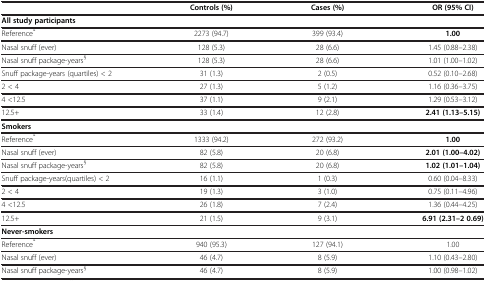
<table><thead><tr><td><b> </b></td><td><b>Controls (%)</b></td><td><b>Cases (%)</b></td><td><b>OR (95% CI)</b></td></tr></thead><tbody><tr><td><b>All study participants</b></td><td> </td><td> </td><td> </td></tr><tr><td>Reference<sup>*</sup></td><td>2273 (94.7)</td><td>399 (93.4)</td><td><b>1.00</b></td></tr><tr><td>Nasal snuff (ever)</td><td>128 (5.3)</td><td>28 (6.6)</td><td>1.45 (0.88–2.38)</td></tr><tr><td>Nasal snuff package-years<sup>§</sup></td><td>128 (5.3)</td><td>28 (6.6)</td><td>1.01 (1.00–1.02)</td></tr><tr><td>Snuff package-years (quartiles) &lt; 2</td><td>31 (1.3)</td><td>2 (0.5)</td><td>0.52 (0.10–2.68)</td></tr><tr><td>2 &lt; 4</td><td>27 (1.3)</td><td>5 (1.2)</td><td>1.16 (0.36–3.75)</td></tr><tr><td>4 &lt;12.5</td><td>37 (1.1)</td><td>9 (2.1)</td><td>1.29 (0.53–3.12)</td></tr><tr><td>12.5+</td><td>33 (1.4)</td><td>12 (2.8)</td><td><b>2.41 (1.13–5.15)</b></td></tr><tr><td><b>Smokers</b></td><td> </td><td> </td><td> </td></tr><tr><td>Reference<sup>*</sup></td><td>1333 (94.2)</td><td>272 (93.2)</td><td><b>1.00</b></td></tr><tr><td>Nasal snuff (ever)</td><td>82 (5.8)</td><td>20 (6.8)</td><td><b>2.01 (1.00–4.02)</b></td></tr><tr><td>Nasal snuff package-years<sup>§</sup></td><td>82 (5.8)</td><td>20 (6.8)</td><td><b>1.02 (1.01–1.04)</b></td></tr><tr><td>Snuff package-years(quartiles) &lt; 2</td><td>16 (1.1)</td><td>1 (0.3)</td><td>0.60 (0.04–8.33)</td></tr><tr><td>2 &lt; 4</td><td>19 (1.3)</td><td>3 (1.0)</td><td>0.75 (0.11–4.96)</td></tr><tr><td>4 &lt;12.5</td><td>26 (1.8)</td><td>7 (2.4)</td><td>1.36 (0.44–4.25)</td></tr><tr><td>12.5+</td><td>21 (1.5)</td><td>9 (3.1)</td><td><b>6.91 (2.31–2 0.69)</b></td></tr><tr><td><b>Never-smokers</b></td><td> </td><td> </td><td> </td></tr><tr><td>Reference<sup>*</sup></td><td>940 (95.3)</td><td>127 (94.1)</td><td>1.00</td></tr><tr><td>Nasal snuff (ever)</td><td>46 (4.7)</td><td>8 (5.9)</td><td>1.10 (0.43–2.80)</td></tr><tr><td>Nasal snuff package-years<sup>§</sup></td><td>46 (4.7)</td><td>8 (5.9)</td><td>1.00 (0.98–1.02)</td></tr></tbody></table>